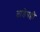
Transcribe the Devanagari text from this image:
ताडेपल्ली